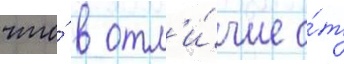
что́ в отл'и́чие о́т